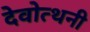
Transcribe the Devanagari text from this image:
देवोत्थनी